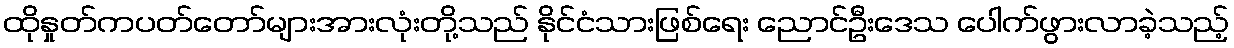
ထိုနှုတ်ကပတ်တော်များအားလုံးတို့သည် နိုင်ငံသားဖြစ်ရေး ညောင်ဦးဒေသ ပေါက်ဖွားလာခဲ့သည့်